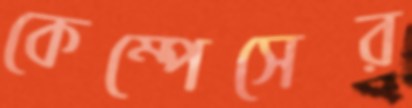
কেম্পেসের